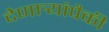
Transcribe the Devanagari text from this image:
देणार्‍यांपैकी